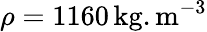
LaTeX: \rho=1160\, \mathrm{{kg.m^{-3}}}